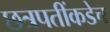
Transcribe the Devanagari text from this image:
छत्रपतींकडेच